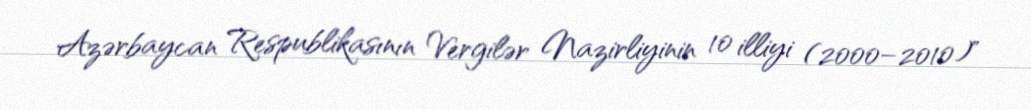
Azərbaycan Respublikasının Vergilər Nazirliyinin 10 illiyi (2000–2010)"